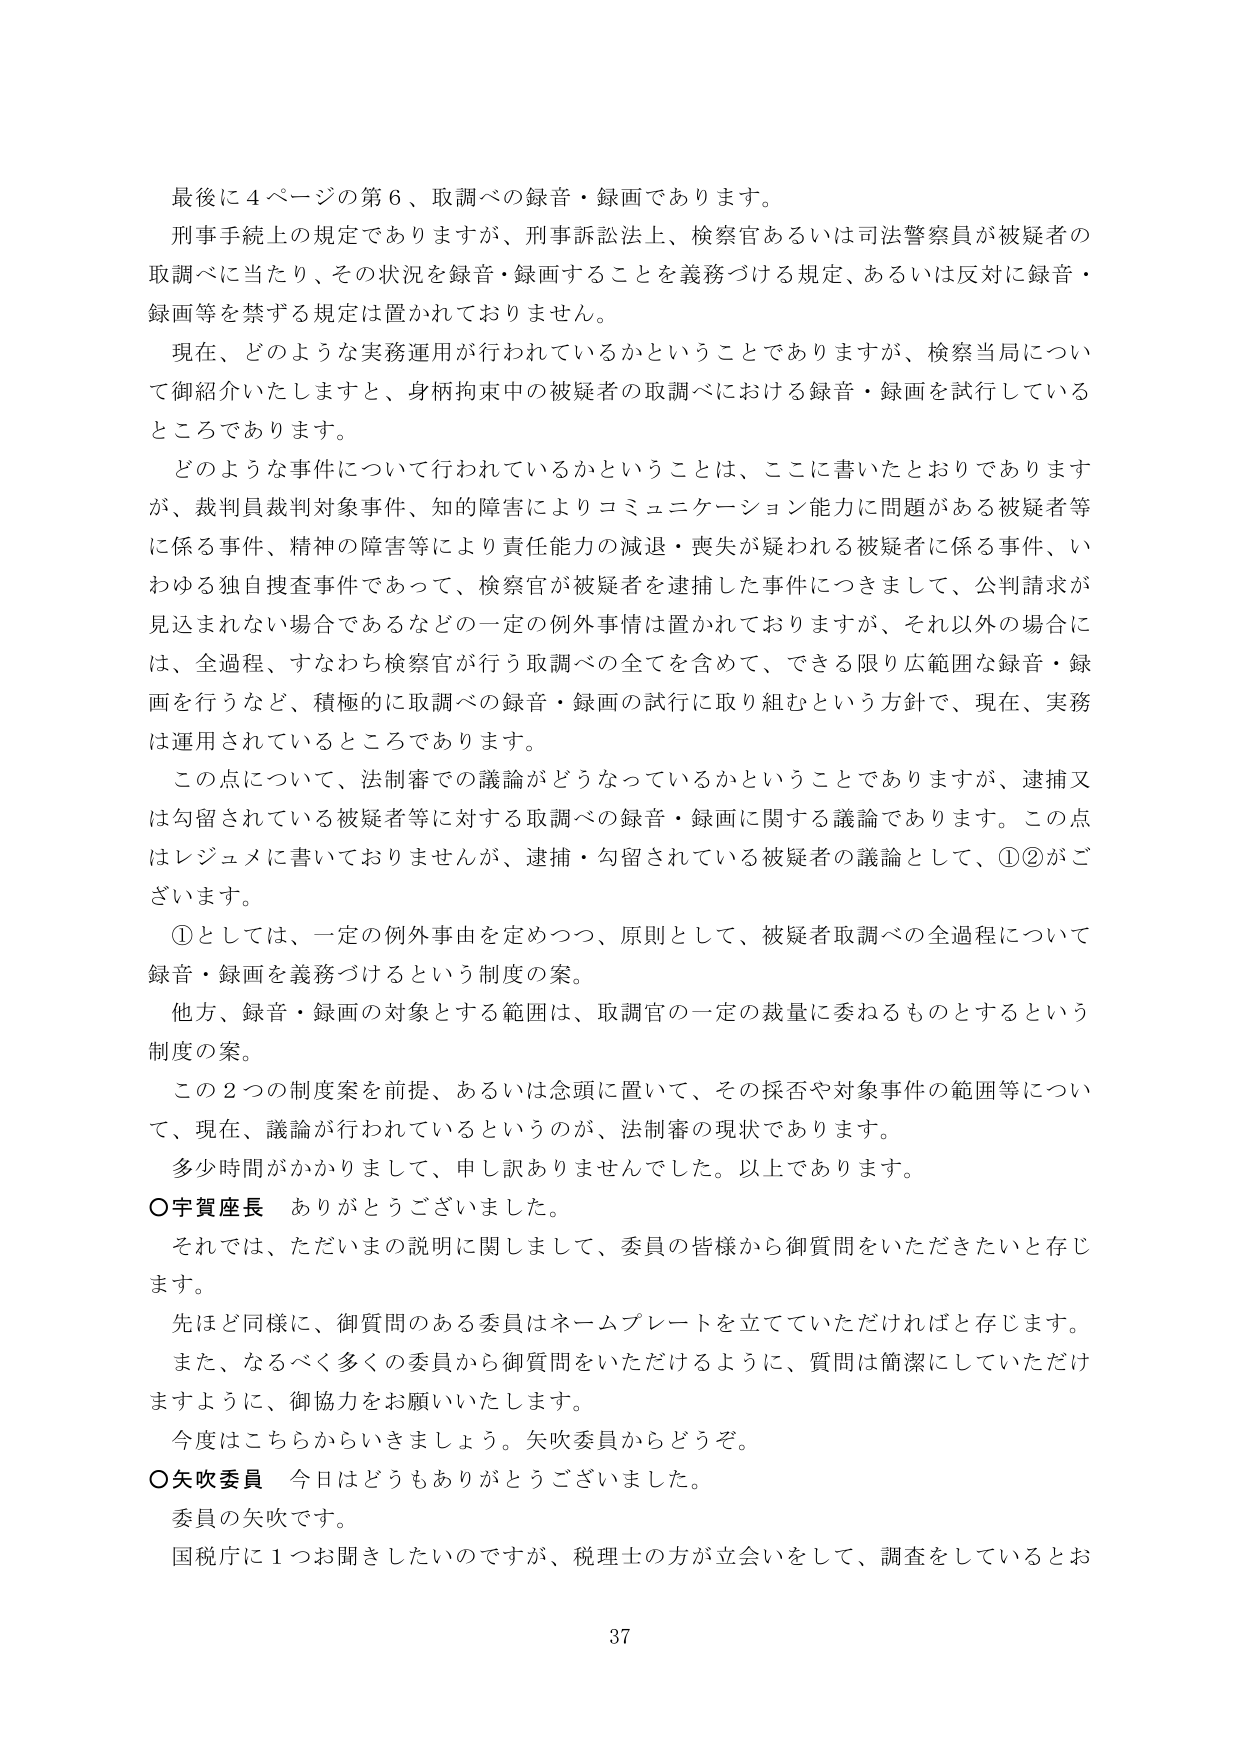
最後に４ページの第６、取調べの録音・録画であります。

刑事手続上の規定でありますが、刑事訴訟法上、検察官あるいは司法警察員が被疑者の取調べに当たり、その状況を録音・録画することを義務づける規定、あるいは反対に録音・録画等を禁ずる規定は置かれておりません。

現在、どのような実務運用が行われているかということではありますが、検察当局について御紹介いたしますと、身柄拘束中の被疑者の取調べにおける録音・録画を試行しているところであります。

どのような事件について行われているかということは、ここに書いたとおりでありますが、裁判員裁判対象事件、知的障害によりコミュニケーション能力に問題がある被疑者等に係る事件、精神の障害等により責任能力の減退・喪失が疑われる被疑者に係る事件、いわゆる独自捜査事件であって、検察官が被疑者を逮捕した事件につきまして、公判請求が見込まれない場合であるなどの一定の例外事情は置かれておりますが、それ以外の場合には、全過程、すなわち検察官が行う取調べの全てを含めて、できる限り広範囲な録音・録画を行うなど、積極的に取調べの録音・録画の試行に取り組むという方針で、現在、実務は運用されているところであります。

この点について、法制審での議論がどうなっているかということではありますが、逮捕又は勾留されている被疑者等に対する取調べの録音・録画に関する議論であります。この点はレジュメに書いておりませんが、逮捕・勾留されている被疑者の議論として、①②がございます。

①としては、一定の例外事由を定めつつ、原則として、被疑者取調べの全過程について録音・録画を義務づけるという制度の案。

他方、録音・録画の対象とする範囲は、取調官の一定の裁量に委ねるものとするという制度の案。

この２つの制度案を前提、あるいは念頭に置いて、その採否や対象事件の範囲等について、現在、議論が行われているというのが、法制審の現状であります。

多少時間がかかりまして、申し訳ありませんでした。以上であります。

○宇賀座長　ありがとうございました。

それでは、ただいまの説明に関しまして、委員の皆様から御質問をいただきたいと存じます。

先ほど同様に、御質問のある委員はネームプレートを立てていただければと存じます。

また、なるべく多くの委員から御質問をいただけるように、質問は簡潔にしていただけますように、御協力をお願いいたします。

今度はこちらからいきましょう。矢吹委員からどうぞ。

○矢吹委員　今日はどうもありがとうございました。

委員の矢吹です。

国税庁に１つお聞きしたいのですが、税理士の方が立会いをして、調査をしているとお

37